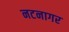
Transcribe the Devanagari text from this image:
नटनागर